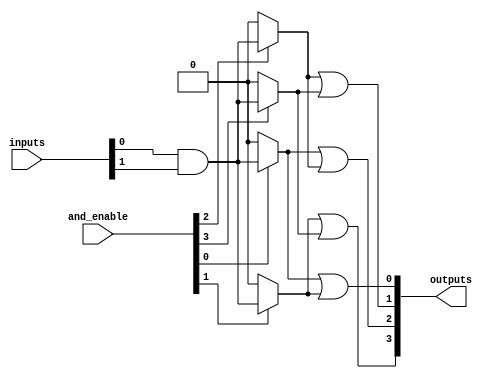
module hs_pal #(
    parameter NUM_INPUTS = 8,   // Number of input lines
    parameter NUM_AND_TERMS = 4, // Number of programmable AND gates
    parameter NUM_OUTPUTS = 4    // Number of output lines
)(
    input wire [NUM_INPUTS-1:0] inputs,         // Input lines
    input wire [NUM_AND_TERMS-1:0] and_enable,  // Enable signals for AND gates
    output wire [NUM_OUTPUTS-1:0] outputs        // Output lines
);

    // Internal wires for AND gate outputs
    wire [NUM_AND_TERMS-1:0] and_outputs;

    // Programmable AND array
    genvar i, j;
    generate
        for (i = 0; i < NUM_AND_TERMS; i = i + 1) begin: and_array
            // Each AND gate can have a programmable subset of inputs
            // Example: Each AND gate could be configured to accept a certain combination of inputs
            // Here using a simple AND function as an example; actual implementation would use programmable connections
            assign and_outputs[i] = and_enable[i] ? (inputs[0] & inputs[1]) : 1'b0;  // Example configuration
        end
    endgenerate

    // Fixed OR array
    assign outputs[0] = and_outputs[0] | and_outputs[1];  // Example OR logic for output 0
    assign outputs[1] = and_outputs[2] | and_outputs[3];  // Example OR logic for output 1
    assign outputs[2] = and_outputs[0] | and_outputs[2];  // Example OR logic for output 2
    assign outputs[3] = and_outputs[1] | and_outputs[3];  // Example OR logic for output 3

endmodule